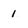
Character: 1